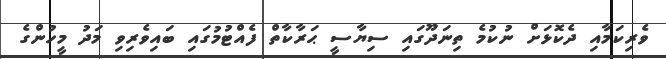
ވެރިކަމާއި ދެކޮޅަށް ނުކުމެ ތިނަދޫގައި ސިޔާސީ ޙަރާކާތް ފެއްޓުމުގައި ބައިވެރިވި މަދު މީހުންގެ